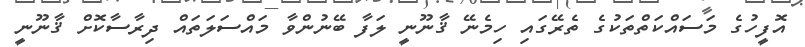
އޮފީހުގެ މަސައްކަތްތަކުގެ ތެރޭގައި ހިމެނޭ ޤާނޫނީ ލަފާ ބޭނުންވާ މައްސަލަތައް ދިރާސާކޮށް ޤާނޫނީ